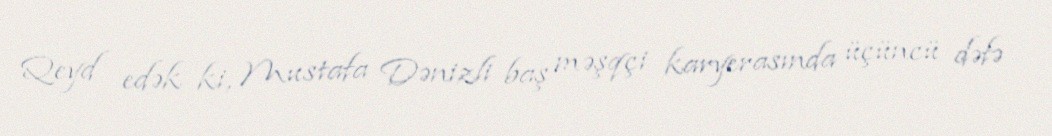
Qeyd edək ki, Mustafa Dənizli baş məşqçi karyerasında üçüncü dəfə